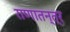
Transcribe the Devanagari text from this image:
राणातन्त्र